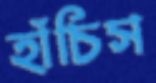
হাঁচিস